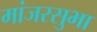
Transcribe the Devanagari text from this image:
मांजरसुभा